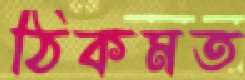
ঠিকমত